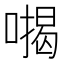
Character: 𭊪